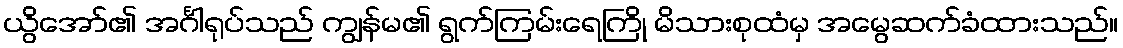
ယွိအော်၏ အင်္ဂါရုပ်သည် ကျွန်မ၏ ရွက်ကြမ်းရေကြို မိသားစုထံမှ အမွေဆက်ခံထားသည်။